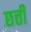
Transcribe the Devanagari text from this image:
छत्ती